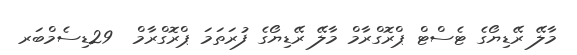
މާލޭ ރޭޑިޔޯގެ ޓެސްޓް ޕްރޮގްރާމް މާލޭ ރޭޑިޔޯގެ ފުރަތަމަ ޕްރޮގްރާމް  29ޑިސެމްބަރ